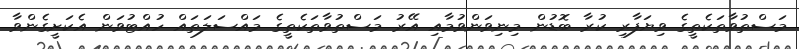
މަސްތުވާތަކެތީގެ ވިޔަފާރި ކުރާ ބޮޑުން މިނިވަންވުމާއި އޭރު މަސްތުވާތަކެތީގެ މައްސަލަތައް ހުއްޓުވަން އެކަށީގެންވާ